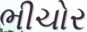
ભીચોર